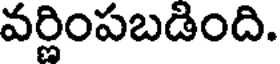
వర్ణింపబడింది.